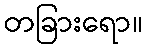
တခြားရော။